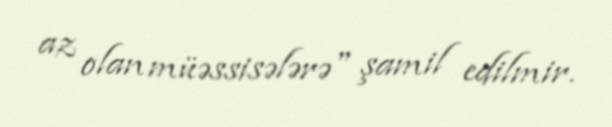
az olan müəssisələrə" şamil edilmir.